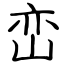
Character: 峦